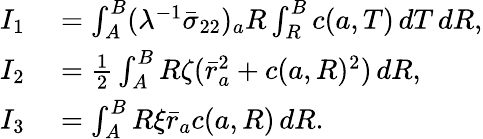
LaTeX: \begin{array}{rl}{I_{1}}&{{}=\int_{A}^{B}(\lambda^{-1}\bar{\sigma}_{22})_{a}R\int_{R}^{B}c({a},T)\, dT\, dR,}\\ {I_{2}}&{{}=\frac{1}{2}\int_{A}^{B}R\zeta(\bar{r}_{a}^{2}+c({a},R)^{2})\, dR,}\\ {I_{3}}&{{}=\int_{A}^{B}R\xi\bar{r}_{a}c({a},R)\, dR.}\end{array}